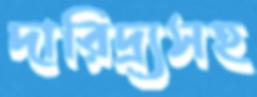
দারিদ্র্যসহ